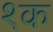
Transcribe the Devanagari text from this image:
१क